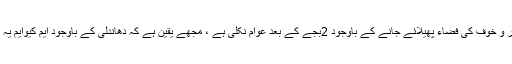
انہوں نے کہاکہ ڈر و خوف کی فضاء پھیلائے جانے کے باوجود 2بجے کے بعد عوام نکلی ہے ، مجھے یقین ہے کہ دھاندلی کے باوجود ایم کیوایم یہ الیکشن جیتے گی ۔